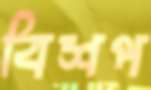
বিশপ